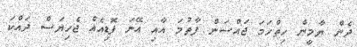
ދެން ޔާމީން ހިތްހަމަ ޖައްސަން ފާތުމަ އާއި އޭނަ ފޮޑިއެއް ޖެހިޔަސް ދައްކަ